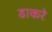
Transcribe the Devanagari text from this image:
डाकरे